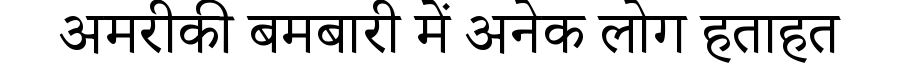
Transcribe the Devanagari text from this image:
अमरीकी बमबारी में अनेक लोग हताहत